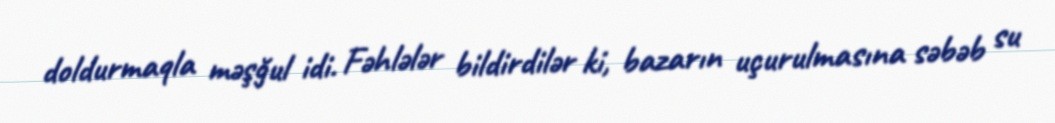
doldurmaqla məşğul idi. Fəhlələr bildirdilər ki, bazarın uçurulmasına səbəb su